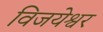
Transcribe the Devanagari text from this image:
विजयेश्वर